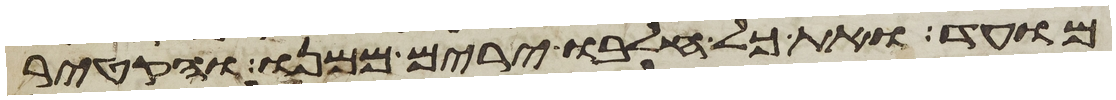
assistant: מועד ואת כל חלבו ירים ממנו והקטיר